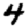
Digit: 4